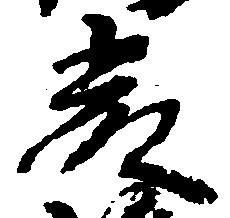
厳